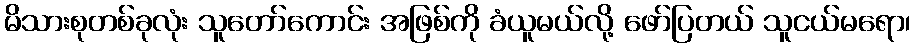
မိသားစုတစ်ခုလုံး သူတော်ကောင်း အဖြစ်ကို ခံယူမယ်လို့ ဖော်ပြတယ် သူငယ်မရော၊